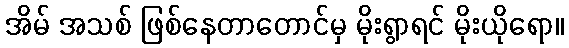
အိမ် အသစ် ဖြစ်နေတာတောင်မှ မိုးရွာရင် မိုးယိုရော။